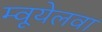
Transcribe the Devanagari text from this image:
म्वूयेलवा